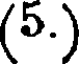
(5.)